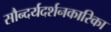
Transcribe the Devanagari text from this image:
सौन्दर्यदर्शनकारिका